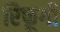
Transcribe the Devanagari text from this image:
रिफूगी